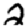
Digit: 2